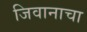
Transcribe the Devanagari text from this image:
जिवानाचा